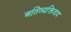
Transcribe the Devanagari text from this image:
अतिव्यक्तिवाद